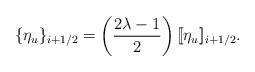
LaTeX: \begin{align*}\{\eta_u\}_{i+1/2} = \left(\frac{2\lambda - 1}{2}\right)[\![\eta_u]\!]_{i+1/2}.\end{align*}